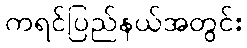
ကရင်ပြည်နယ်အတွင်း